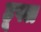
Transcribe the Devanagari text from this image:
हूपल